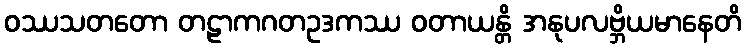
ဝဿသတတော တဠာကဂတဥဒကဿ ဝတာယန္တိ အနုပလဗ္ဘိယမာနေတိ